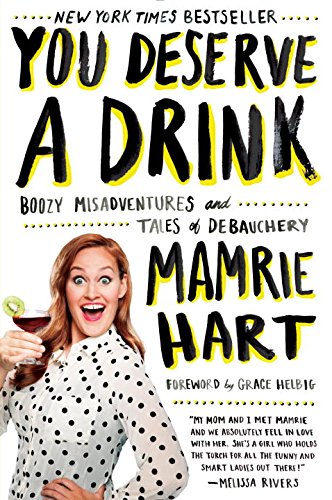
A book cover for You Deserve a Drink: Boozy Misadventures and Tales of Debauchery; Mamrie Hart; Humor & Entertainment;